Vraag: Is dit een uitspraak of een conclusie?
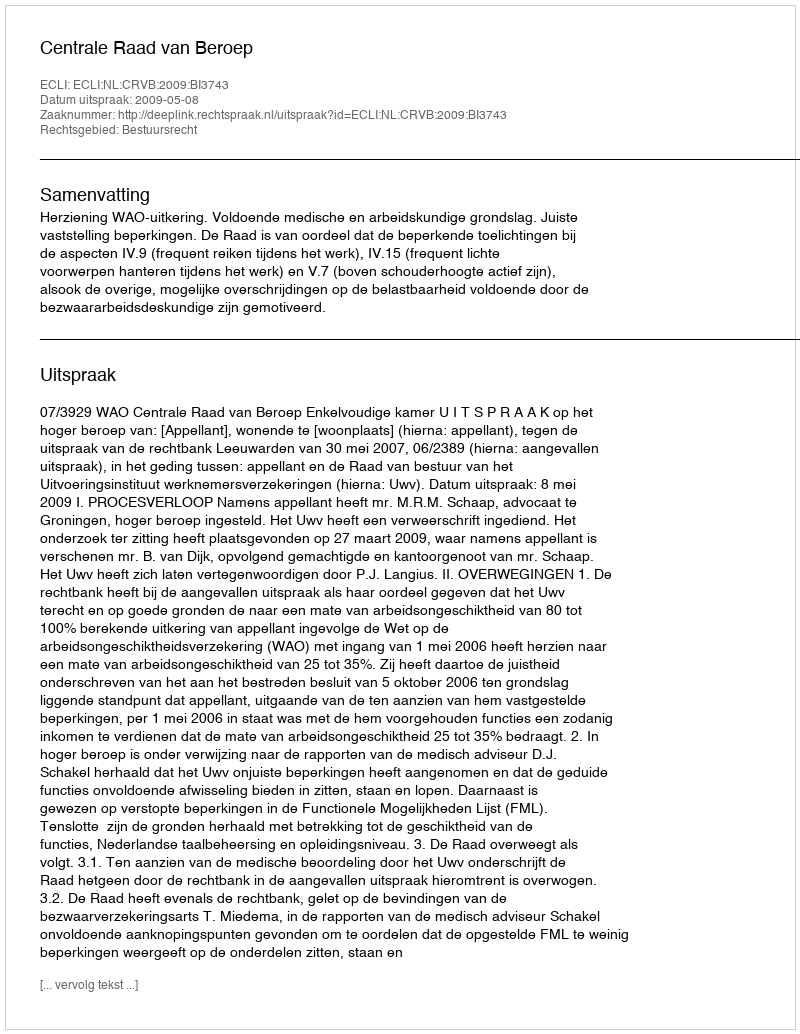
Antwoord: Uitspraak